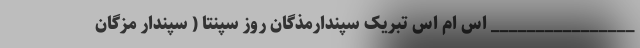
________________ اس ام اس تبریک سپندارمذگان روز سپنتا ( سپندار مزگان